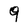
Character: 9